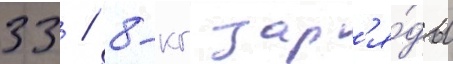
33 / 8-кг зар'я́ды